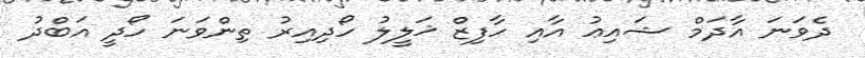
ދެވަނަ އާދަމް ޝައިޢު އާއި ހާފިޒް ޚަލީލު ހޯދިއިރު ތިންވަނަ ހޯދީ އަބްދު